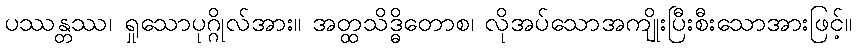
ပဿန္တဿ၊ ရှုသောပုဂ္ဂိုလ်အား။ အတ္ထသိဒ္ဓိတောစ၊ လိုအပ်သောအကျိုးပြီးစီးသောအားဖြင့်။